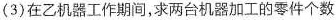
(3)在乙机器工作期间，求两台机器加工的零件个数